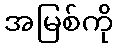
အမြစ်ကို